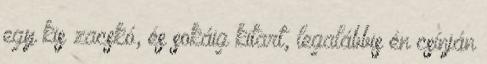
egy kis zacskó, és sokáig kitart, legalábbis én csínján